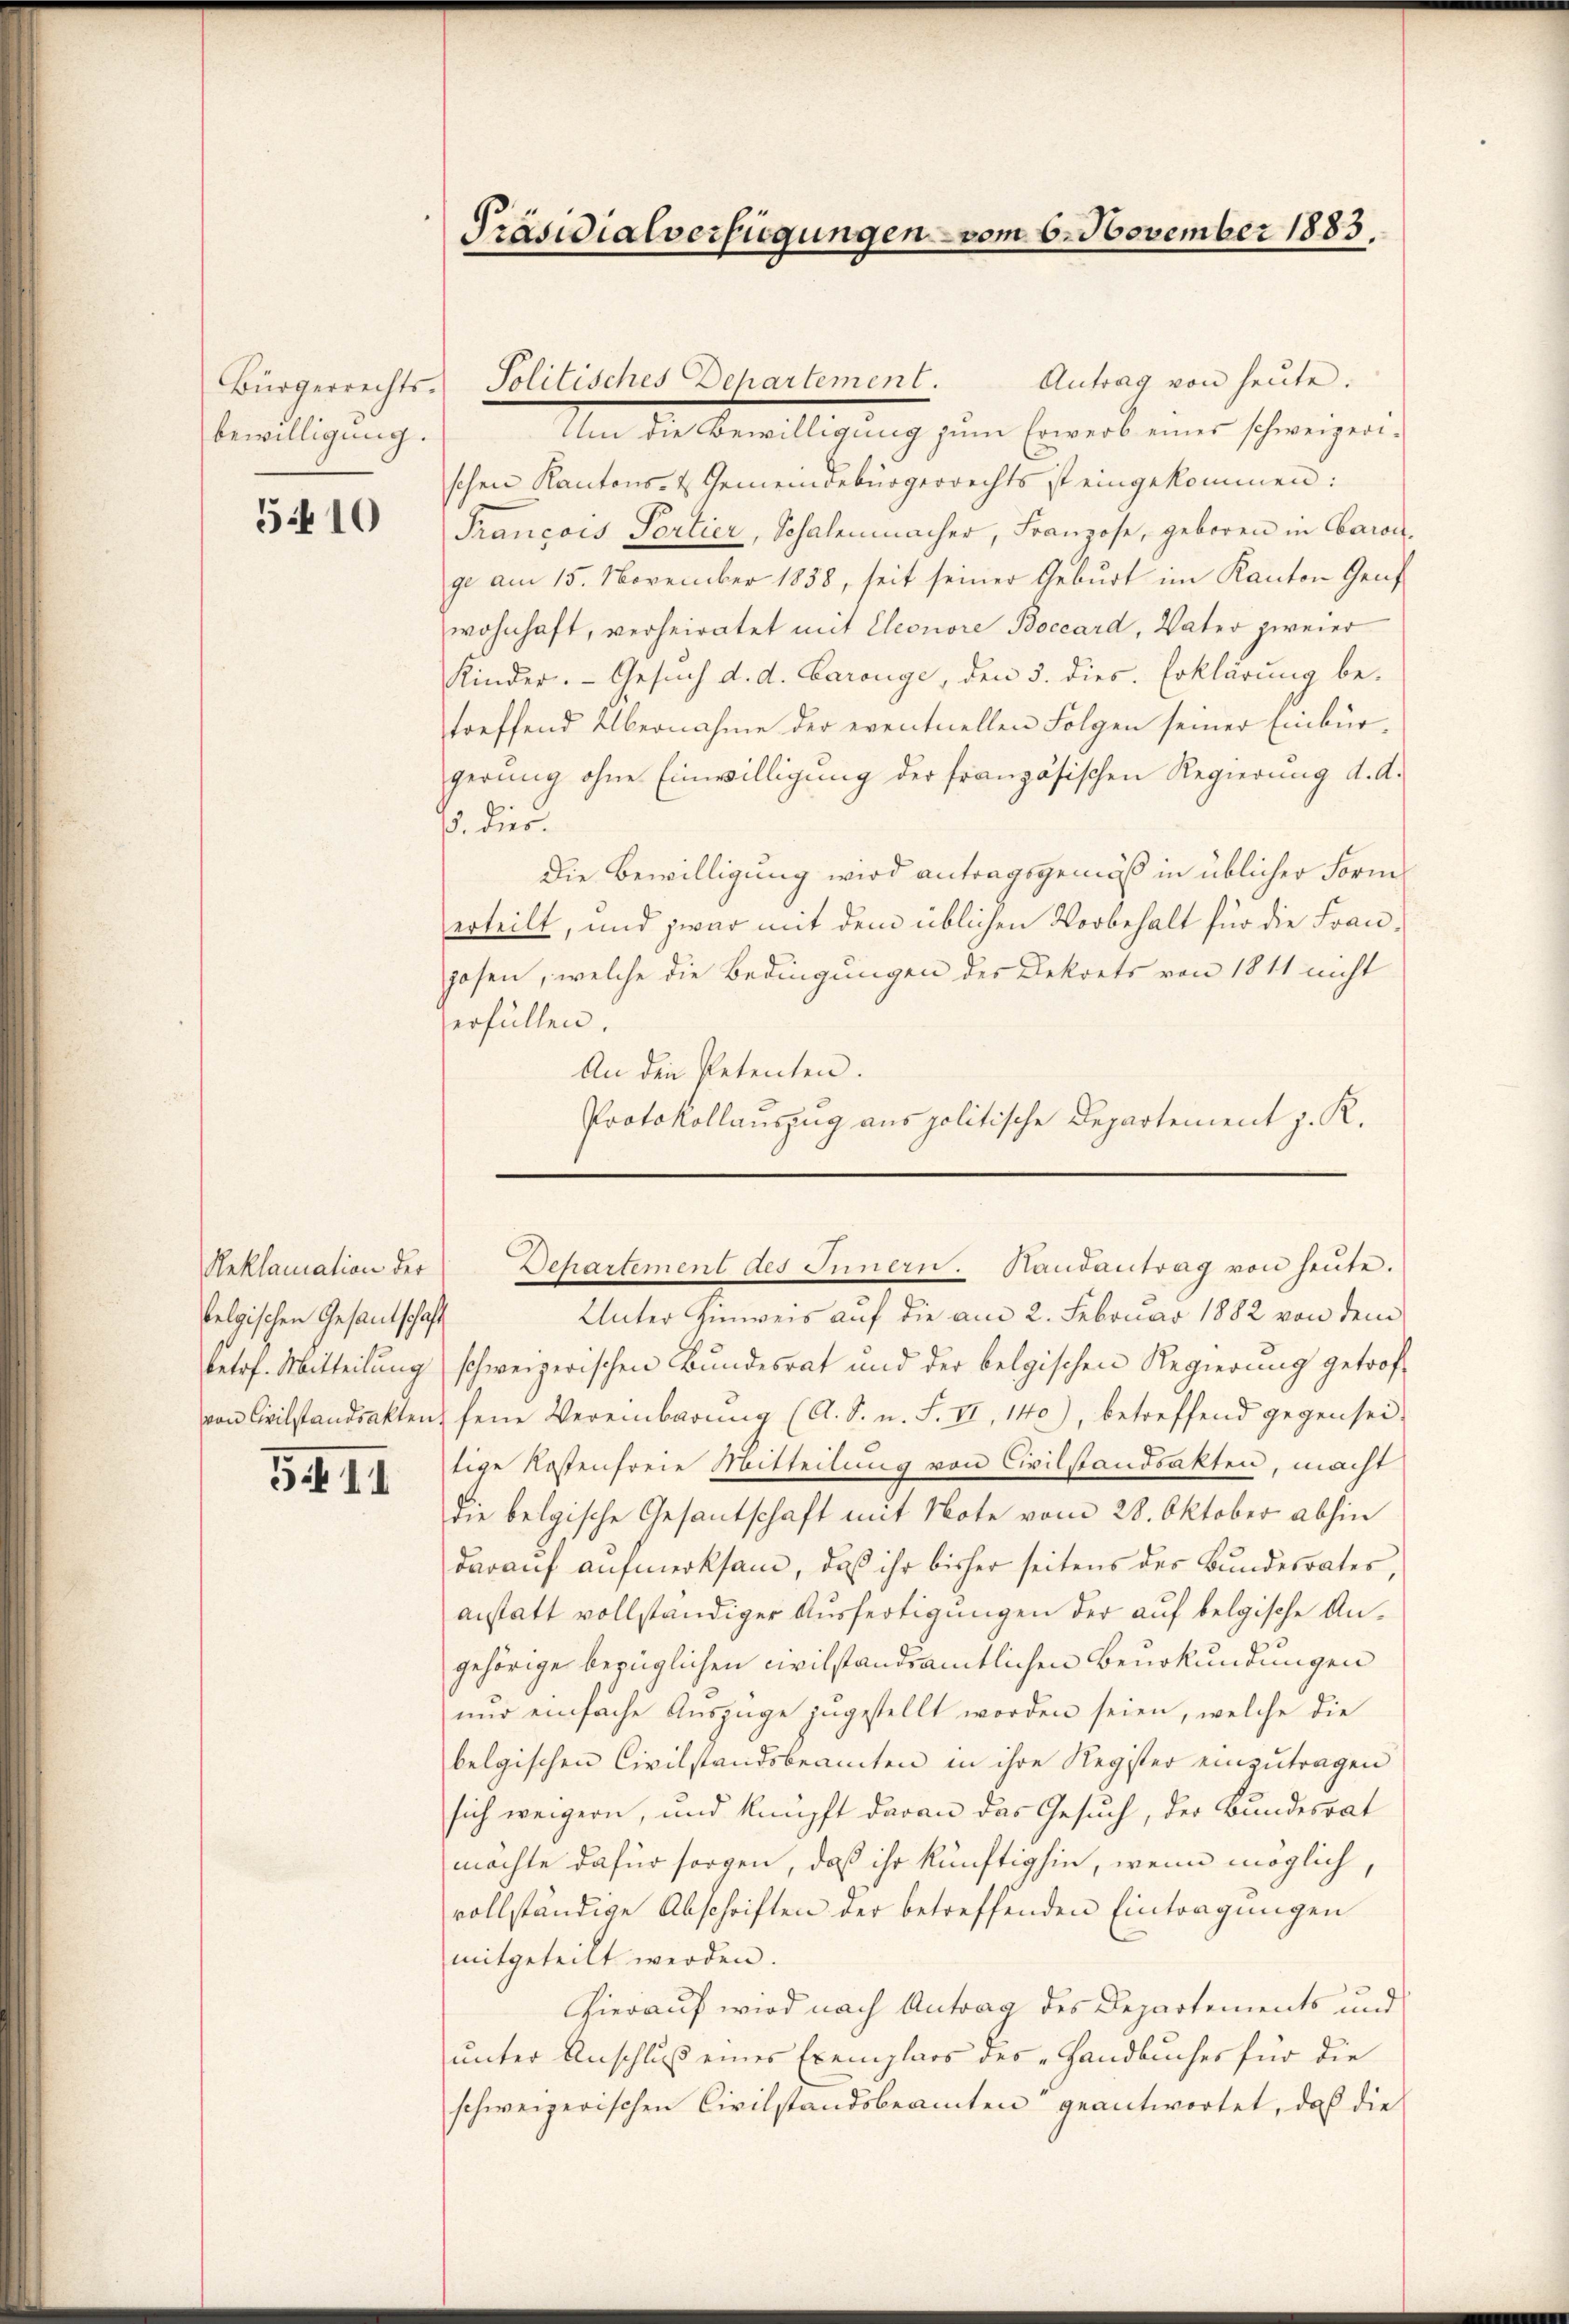
bewilligung.

5410

Reklamation der
felgischen Gesantschaft

54 II

Präsidialverfügungen vom 6. November 1883.

Um die Bewilligung zum Erwerb eines schweizerischen Kantons- & Gemeindebürgerrechts ist eingekommen:
Francois Portier, Schalenmacher, Franzose, geboren in Caro-
ge am 15. November 1858, seit seiner Geburt im Kanton Genf
wohnhaft, verheiratet mit Cleonore Boccard, Vater zweier
Kinder. Gesuch d. d. Baronge, den 5. dies Erklärung be-
treffend Übernahme der eventuellen Folgen seiner Einbürgerung ohne Einwilligung der französischen Regierung d. A.
. Dür
Die Bewilligung wird antragsgemäß in üblicher Form
erteilt, und zwar mit dem üblichen Vorbehalt für die Fraujosen, welche die Bedingungen des Dekrets von 1811 nicht
erfüllen.
An den Petenten.
Protokollauszug aus politische Departement z. R.

Bürgerrechts- Politisches Departement. Antrag von heŭte.

Departement des Innern. Handantrag von heŭte.

Unter Hinweis auf die am 2. Februar 1882 von dem
ketrf. Mitteilung schweizerischen Bundesrat und der belgischen Regierung getrof
von Civilstandsakten, feine Vereinbarung (A. S. n. F. II, 140), betreffend gegen sei-
tige Kostenfreie Mitteilung von Civilstandsakten, macht
die belgische Gesantschaft mit Note vom 28. Oktober abhin
darauf aufmerksam, daß ihr bisher seitens der Bundesrates,
anstatt vollständiger Ausfertigungen der auf belgische Angehörige bezüglichen civilstandsamtlichen Beurkundungen
nur einfache Auszüge zugestellt worden seien, welche die
belgischen Civilstandsbeamten in ihre Register einzutragen
sich weigern, und knüpft daran das Gesuch, der Bundesrat
möchte dafür sorgen, daß ihr künftighin, wenn möglich,
vollständige Abschriften der betreffenden Eintragungen
mitgeteilt werden.
Hierauf wird nach Antrag des Departements und
unter Anschluß eines Exemplars des „Handbuches für die
schweizerischen Civilstandsbeamten“ geantwortet, daß die